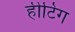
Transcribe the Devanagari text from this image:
हीटिग